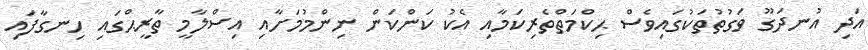
އަދި އުނދަގޫ ވަގުތުތަކުގައިވެސް ޙިކްމަތްތެރިކަމާއި އެކު ކަންކަން ނިންމުމަށާއި އިސްލާމީ ތާރީޙްގައި ހިނގާފައި